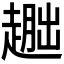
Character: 𬦕